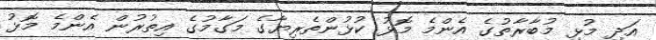
އަދި މުޅި މުބާރާތުގެ އެންމެ މޮޅު ކުޅުންތެރިޔާގެ މަގާމުގެ އިތުރުން އެންމެ މޮޅު